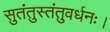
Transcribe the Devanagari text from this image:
सुतंतुस्तंतुवर्धनः।